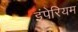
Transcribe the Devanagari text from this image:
इंपेरियम